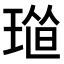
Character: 𤦴